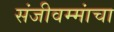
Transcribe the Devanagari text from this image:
संजीवम्मांचा